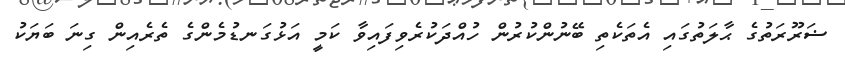
ޟަރޫރަތުގެ ޙާލަތުގައި އެތަކެތި ބޭނުންކުރުން ހުއްދަކުރެވިފައިވާ ކަމީ އަޅުގަނޑުމެންގެ ތެރެއިން ގިނަ ބަޔަކު